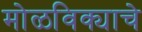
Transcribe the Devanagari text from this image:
मोळविक्याचे